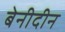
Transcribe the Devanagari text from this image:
बेनीदीन